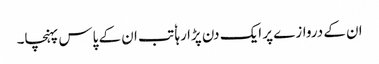
ان کے دروازے پر ایک دن پڑا رہا ٗ تب ان کے پاس پہنچا۔